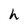
Character: h